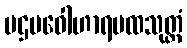
ပဌမဝေါဟာရပထသုတ္တံ